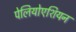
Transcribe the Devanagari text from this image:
पेलियोएशियन